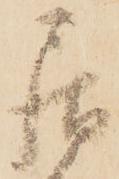
居